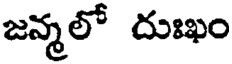
జన్మలో దుఃఖం